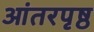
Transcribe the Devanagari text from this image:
आंतरपृष्ठ